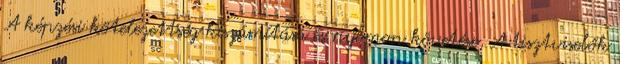
A képzési kötelezettség kiszámítása és nyomon követése, A tisztviselők